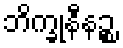
ဘိက္ခုနီနဉ္စ